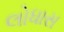
લોધાસ